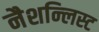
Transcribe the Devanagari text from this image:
नैशन्लिस्ट